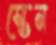
স্তেন